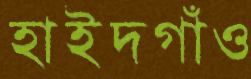
হাইদগাঁও